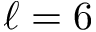
\ell = 6